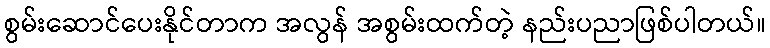
စွမ်းဆောင်ပေးနိုင်တာက အလွန် အစွမ်းထက်တဲ့ နည်းပညာဖြစ်ပါတယ်။